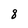
Character: 8